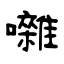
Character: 囃